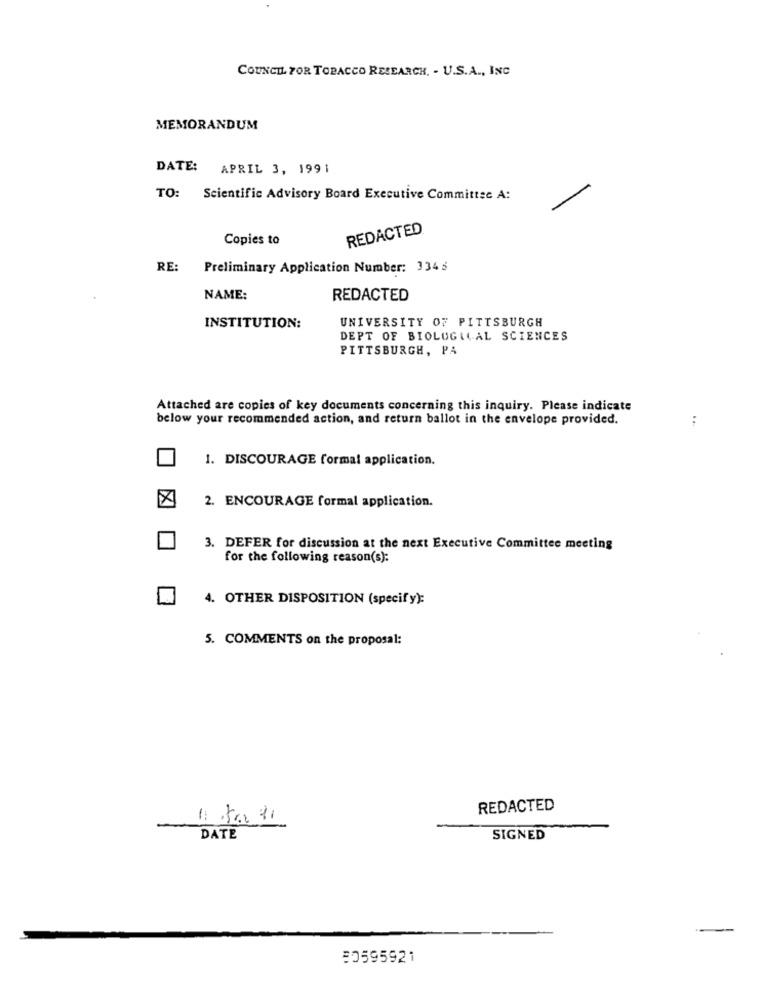
COUNCIL FOR TOBACCO RESEARCH. - U.S.A ., INC
MEMORANDUM
DATE: APRIL 3, 1991
TO: Scientific Advisory Board Executive Committee A:
REDACTED
Copies to
RE:
Preliminary Application Number: 3345
NAME:
REDACTED
UNIVERSITY OF PITTSBURGH
INSTITUTION:
DEPT OF BIOLOGICAL SCIENCES
PITTSBURGH, PA
Attached are copies of key documents concerning this inquiry. Please indicate
below your recommended action, and return ballot in the envelope provided.
:
1. DISCOURAGE formal application.
2. ENCOURAGE formal application.
3. DEFER for discussion at the next Executive Committee meeting
for the following reason(s):
4. OTHER DISPOSITION (specify):
5. COMMENTS on the proposal:
REDACTED
DATE
SIGNED
80595921